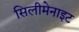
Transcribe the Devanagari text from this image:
सिलीमेनाइट